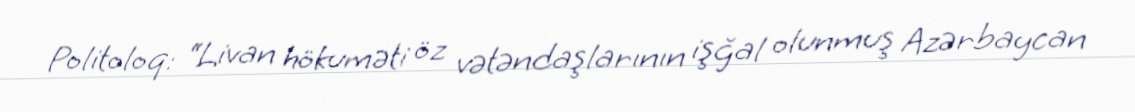
Politoloq: “Livan hökuməti öz vətəndaşlarının işğal olunmuş Azərbaycan